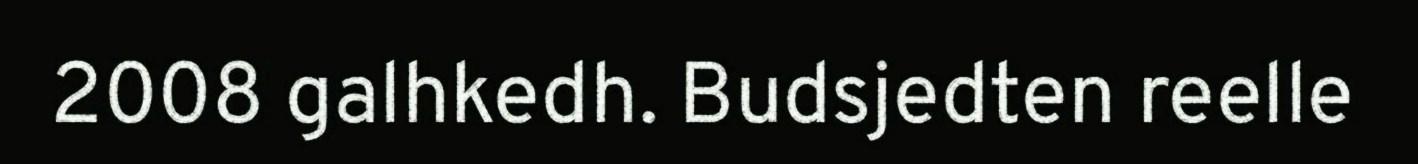
2008 galhkedh. Budsjedten reelle